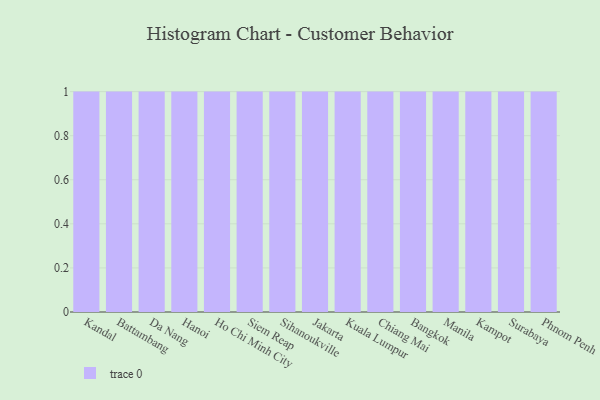
{"axis": {"x": "City", "y": "Net Income (USD K)"}, "legend": [""], "data": [{"x": "Kandal", "y": 73, "type": ""}, {"x": "Battambang", "y": 70, "type": ""}, {"x": "Da Nang", "y": 93, "type": ""}, {"x": "Hanoi", "y": 28, "type": ""}, {"x": "Ho Chi Minh City", "y": 62, "type": ""}, {"x": "Siem Reap", "y": 73, "type": ""}, {"x": "Sihanoukville", "y": 56, "type": ""}, {"x": "Jakarta", "y": 32, "type": ""}, {"x": "Kuala Lumpur", "y": 43, "type": ""}, {"x": "Chiang Mai", "y": 82, "type": ""}, {"x": "Bangkok", "y": 94, "type": ""}, {"x": "Manila", "y": 92, "type": ""}, {"x": "Kampot", "y": 87, "type": ""}, {"x": "Surabaya", "y": 27, "type": ""}, {"x": "Phnom Penh", "y": 9, "type": ""}]}